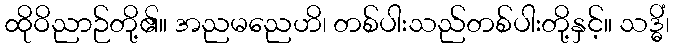
ထိုဝိညာဉ်တို့၏။ အညမညေဟိ၊ တစ်ပါးသည်တစ်ပါးတို့နှင့်။ သဒ္ဓိံ၊